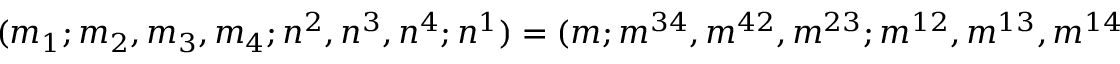
( m _ { 1 } ; m _ { 2 } , m _ { 3 } , m _ { 4 } ; n ^ { 2 } , n ^ { 3 } , n ^ { 4 } ; n ^ { 1 } ) = ( m ; m ^ { 3 4 } , m ^ { 4 2 } , m ^ { 2 3 } ; m ^ { 1 2 } , m ^ { 1 3 } , m ^ { 1 4 } ; m ^ { 1 2 3 4 } ) \ .